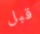
قبل